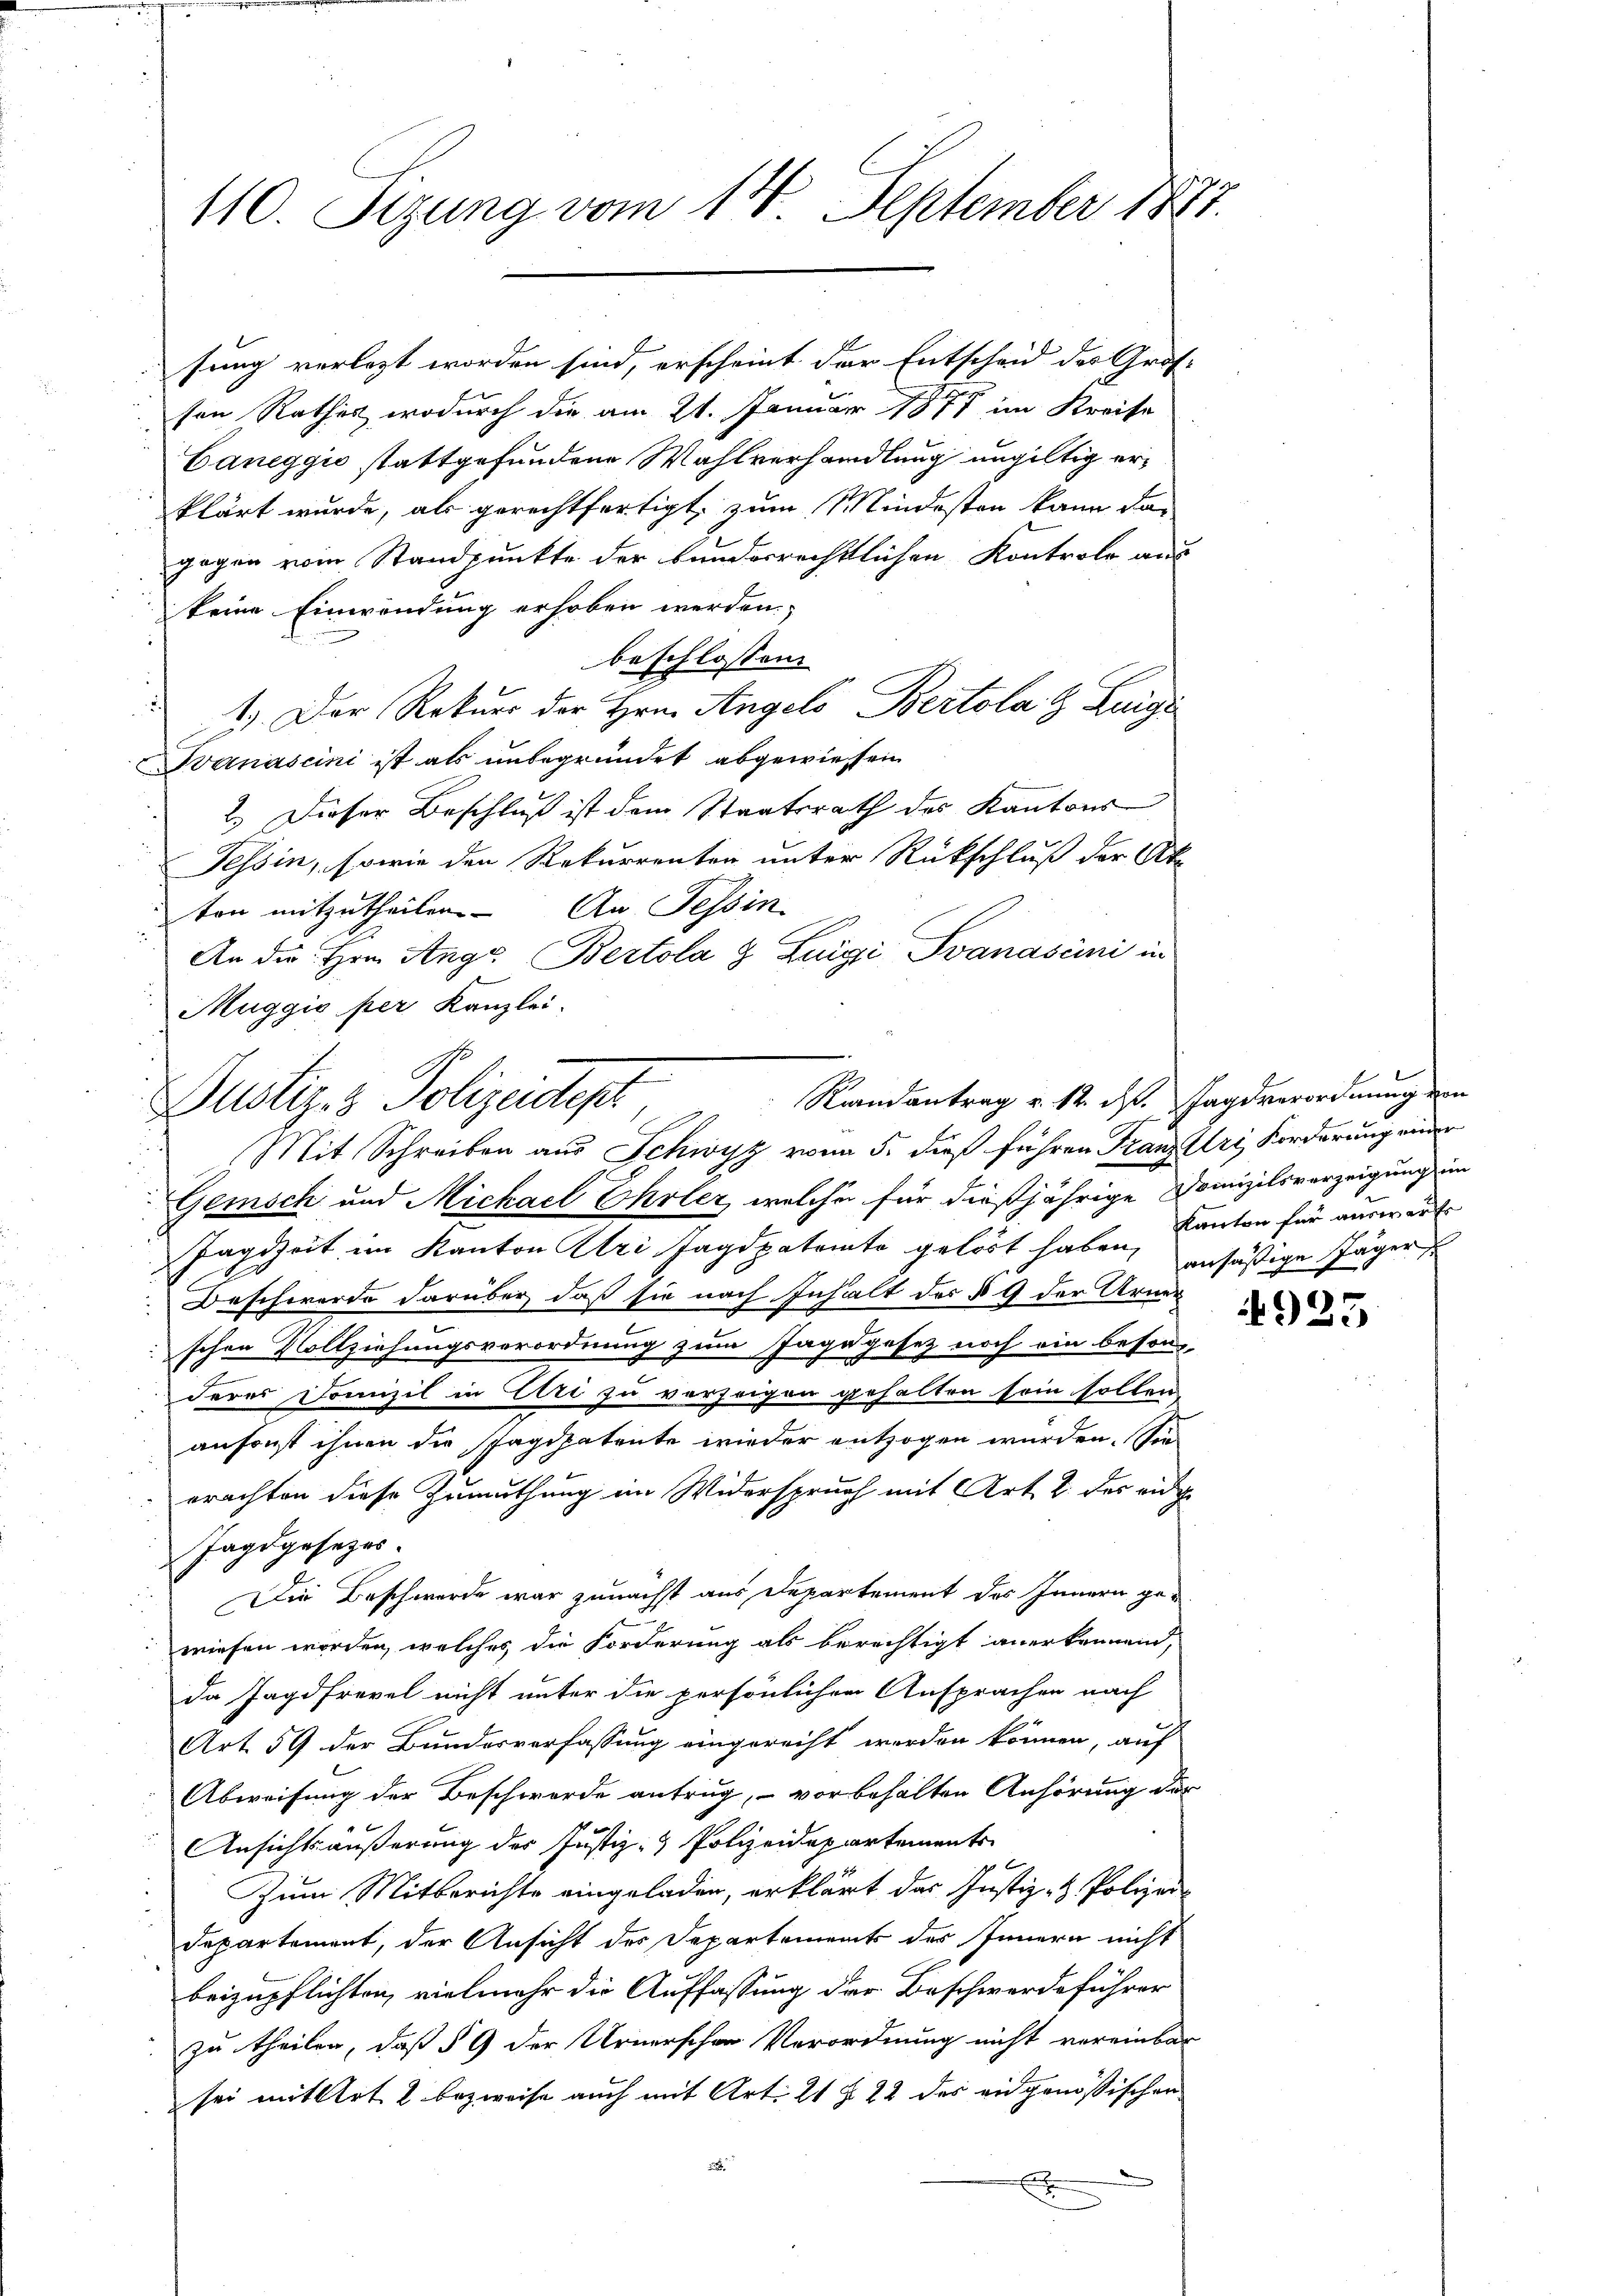
110. Sizung vom 14. September 1887.

sung verlegt worden sind, erscheint der Entscheid des Groß-
sen Rathes, wodurch die am 21. Januar 1877 im Kreise
Caneggio stattgefundene Wahlverhandlung ungültig erklärt wurde, als gerechtfertigt, zum Mindesten kann das
gegen vom Standpunkte der bundesrechtlichen Kontrole aus
keine Einwendung erhoben werden.
beschlossen:
2
1.) Der Rekurs der Hrn. Angels Bertola H. Luigi
Banascini ist als unbegründet abgewiesen
2.) Dieser Beschluß ist dem Staatsrath des Kantons
Tessin, sowie den Rekurrenten unter Rückschluß der Ak
ton mitzutheilen. An Tessin
An die Hrn. Anga Bertola 8 Luigi Svanascini in
Muggio per Kanzlei.

Randantrag u. 12. ds.
Dustiz- & Polizeitest,

Mit Schreiben aus Schwyz vom 5. dieß führen Franz Uri, Forderung einer
Gemisch und Michael Ehrler, welcher für dießjährige Domizilsverzeigung im
Jagdzeit im Kanton Uri Jagdpatente gelöst haben, ansäßige Jäger
Beschwerde darüber, daß sie nach Inhalt des § 9 der Arner
schen Vollziehungsverordnung zum Tage gesetz noch ein beson-
deres Domizil in Uri zu vorzeigen gehalten sein sollen
ansonst ihnen die spagdpatente wieder entzogen wurden. Sie
erachten diese Zumuthung im Widerspruch mit Art. 2 des eidge
Jagdgesezes¬
Die Beschwerde war zunächst aus Departement des Innern gewiesen worden, welches die Forderung als berechtigt anerkennend,
da Jagdfrevel nicht unter die persönlichen Ansprachen nach
Art. 59 der Bundesverfassung eingerecht werden können, auf
Abweisung der Beschwerde antrug, vorbehalten Anhörung der
Ansichtsäußerung des Justiz- & Polizeidepartements
Zum Mitberichte eingeladen, erklärt das Justiz- & Polizei-
departement, der Ansicht des Departements des Innern nicht
beizupflichten, vielmehr die Auffassung der Beschwerdeführer
zu theilen, daß § 9 der Urnerschen Verordnung nicht vereinbar
sei mit Art. 2 bezweife auch mit Art. 21 § 22 des eidgenössischen
d
x
x

Jageverordnung von
Kanton für auswärts

925